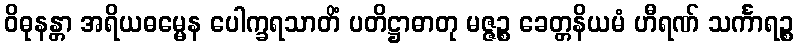
ဝိဓုနန္တာ အရိယဓမ္မေန ပေါက္ခရသာတိံ ပတိဋ္ဌာဓာတု မဇ္ဇဉ္စ ခေတ္တနိယမံ ဟီရဏ် သင်္ကာရဉ္စ